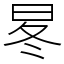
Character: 㫡